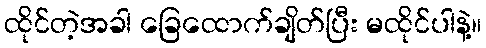
ထိုင်တဲ့အခါ ခြေထောက်ချိတ်ပြီး မထိုင်ပါနဲ့။